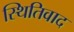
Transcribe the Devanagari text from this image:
स्थितिवाद